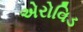
એરોવિડ